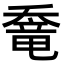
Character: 𡙶